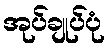
အုပ်ချုပ်ပုံ